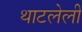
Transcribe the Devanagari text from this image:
थाटलेली